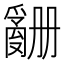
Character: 𬋶